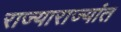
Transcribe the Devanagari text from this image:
राज्याराज्यांत